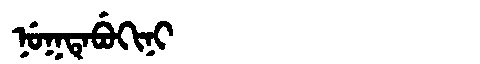
Manchu: ᠨᡠᡴᡨᡝᠪᡠᡴᡳᠨᡳ
Romanization: NUKTEBUKINI